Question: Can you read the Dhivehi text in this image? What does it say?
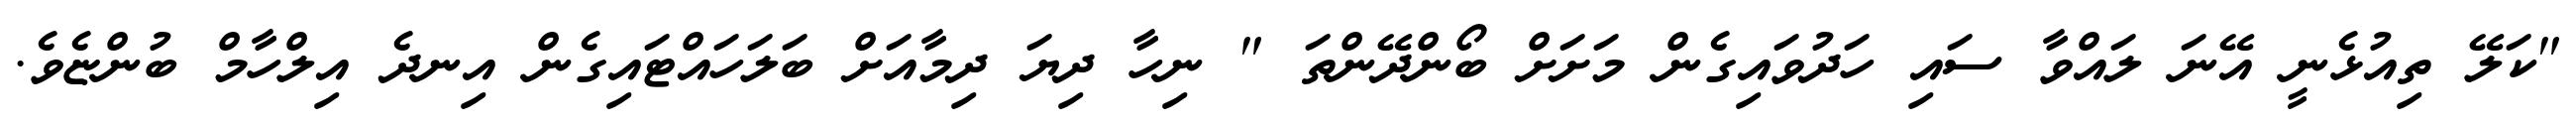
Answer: "ކަލޭ ތިއުޅެނީ އޭނަ ލައްވާ ސައި ހަދުވައިގެން މަށަށް ބޯންދޭންތަ " ނިހާ ދިޔަ ދިމާއަށް ބަލަހައްޓައިގެން އިނދެ އިލްހާމް ބުންޏެވެ.